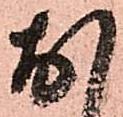
お